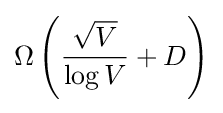
\Omega \left({{\frac {\sqrt {V}}{\log V}}+D}\right)